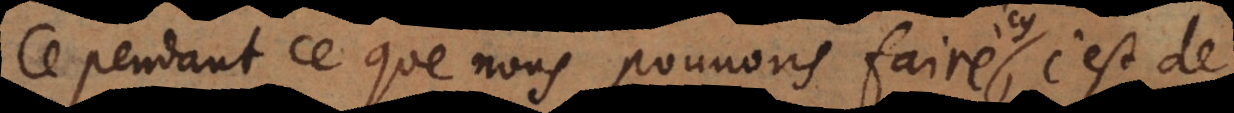
Cependant ce que nous pouvons faire, c’est de